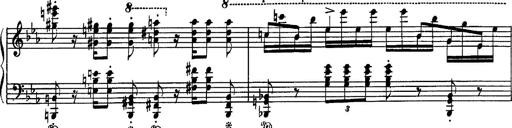
Title: Fantaisie sur des motifs favoris de l'opÃ©ra 'La sonnambula'
Composer: Franz Liszt